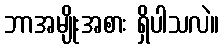
ဘာအမျိုးအစား ရှိပါသလဲ။